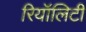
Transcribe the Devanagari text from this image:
रियॉलिटी